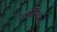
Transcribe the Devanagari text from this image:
संहंतिंमध्ये